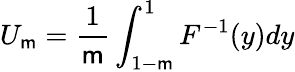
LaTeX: U_{\mathsf{m}}=\frac{{1}}{{\mathsf{m}}}\int_{1-\mathsf{m}}^{1}F^{-1}(y)dy